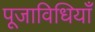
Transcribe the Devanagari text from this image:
पूजाविधियाँ